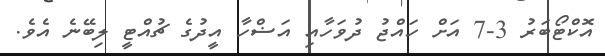
އޮކްޓޯބަރު 3-7 އަށް ހައްޖު ދުވަހާއި އަޟްހާ އީދުގެ ޗުއްޓީ ލިބޭނެ އެވެ.